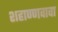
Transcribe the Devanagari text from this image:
शहाण्णवावा